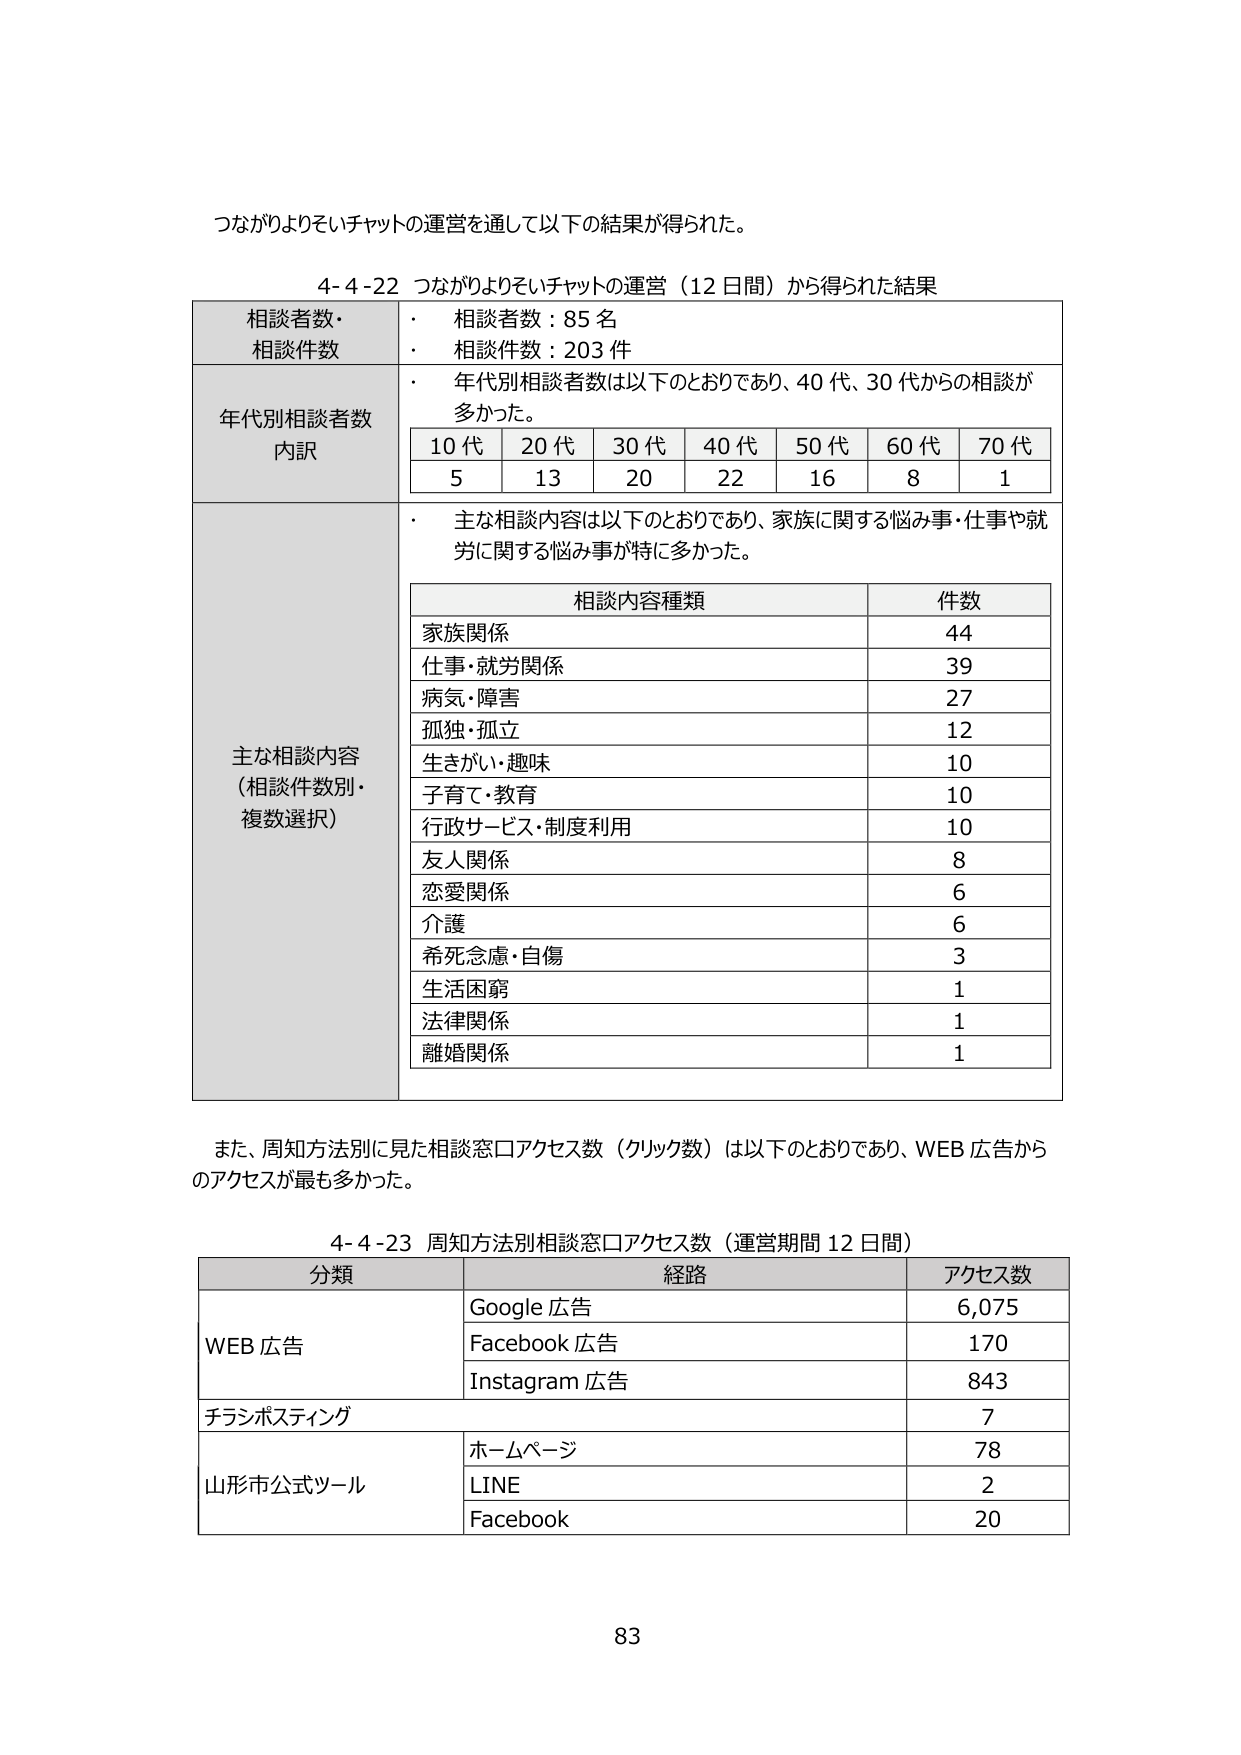
つながりよりそいチャットの運営を通して以下の結果が得られた。

4-4-22 つながりよりそいチャットの運営（12日間）から得られた結果

相談者数・
相談件数
・ 相談者数：85名
・ 相談件数：203件

年代別相談者数
内訳
・ 年代別相談者数は以下のとおりであり、40代、30代からの相談が多かった。
10代 20代 30代 40代 50代 60代 70代
5 13 20 22 16 8 1

主な相談内容
（相談件数別・
複数選択）
・ 主な相談内容は以下のとおりであり、家族に関する悩み事・仕事や就労に関する悩み事が特に多かった。

相談内容種類 件数
家族関係 44
仕事・就労関係 39
病気・障害 27
孤独・孤立 12
生きがい・趣味 10
子育て・教育 10
行政サービス・制度利用 10
友人関係 8
恋愛関係 6
介護 6
希死念慮・自傷 3
生活困窮 1
法律関係 1
離婚関係 1

また、周知方法別に見た相談窓口アクセス数（クリック数）は以下のとおりであり、WEB広告からのアクセスが最も多かった。

4-4-23 周知方法別相談窓口アクセス数（運営期間12日間）

分類 経路 アクセス数
WEB広告 Google広告 6,075
Facebook広告 170
Instagram広告 843
チラシポスティング 7
山形市公式ツール ホームページ 78
LINE 2
Facebook 20

83